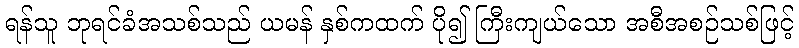
ရန်သူ ဘုရင်ခံအသစ်သည် ယမန် နှစ်ကထက် ပို၍ ကြီးကျယ်သော အစီအစဉ်သစ်ဖြင့်